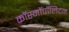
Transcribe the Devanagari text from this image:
कॉस्मॉपॉलिटन